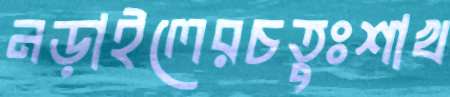
নড়াইলেরচতুঃশাখ